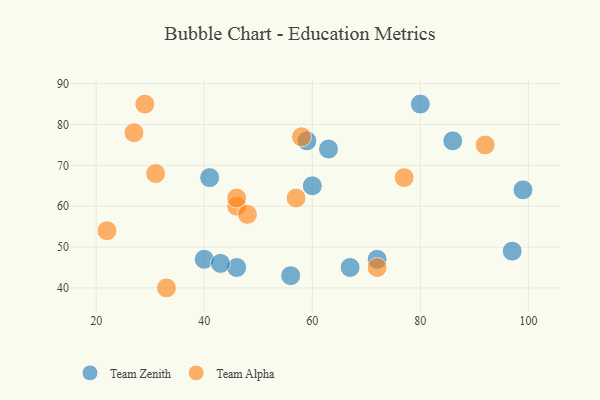
{"axis": {"x": "GDP", "y": "Life Expectancy"}, "legend": ["Team Alpha", "Team Zenith"], "data": [{"x": "72", "y": 47, "type": "Team Zenith"}, {"x": "46", "y": 45, "type": "Team Zenith"}, {"x": "41", "y": 67, "type": "Team Zenith"}, {"x": "40", "y": 47, "type": "Team Zenith"}, {"x": "60", "y": 65, "type": "Team Zenith"}, {"x": "80", "y": 85, "type": "Team Zenith"}, {"x": "43", "y": 46, "type": "Team Zenith"}, {"x": "86", "y": 76, "type": "Team Zenith"}, {"x": "67", "y": 45, "type": "Team Zenith"}, {"x": "59", "y": 76, "type": "Team Zenith"}, {"x": "56", "y": 43, "type": "Team Zenith"}, {"x": "97", "y": 49, "type": "Team Zenith"}, {"x": "99", "y": 64, "type": "Team Zenith"}, {"x": "63", "y": 74, "type": "Team Zenith"}, {"x": "27", "y": 78, "type": "Team Alpha"}, {"x": "72", "y": 45, "type": "Team Alpha"}, {"x": "29", "y": 85, "type": "Team Alpha"}, {"x": "31", "y": 68, "type": "Team Alpha"}, {"x": "57", "y": 62, "type": "Team Alpha"}, {"x": "46", "y": 60, "type": "Team Alpha"}, {"x": "46", "y": 62, "type": "Team Alpha"}, {"x": "48", "y": 58, "type": "Team Alpha"}, {"x": "33", "y": 40, "type": "Team Alpha"}, {"x": "77", "y": 67, "type": "Team Alpha"}, {"x": "58", "y": 77, "type": "Team Alpha"}, {"x": "92", "y": 75, "type": "Team Alpha"}, {"x": "22", "y": 54, "type": "Team Alpha"}]}